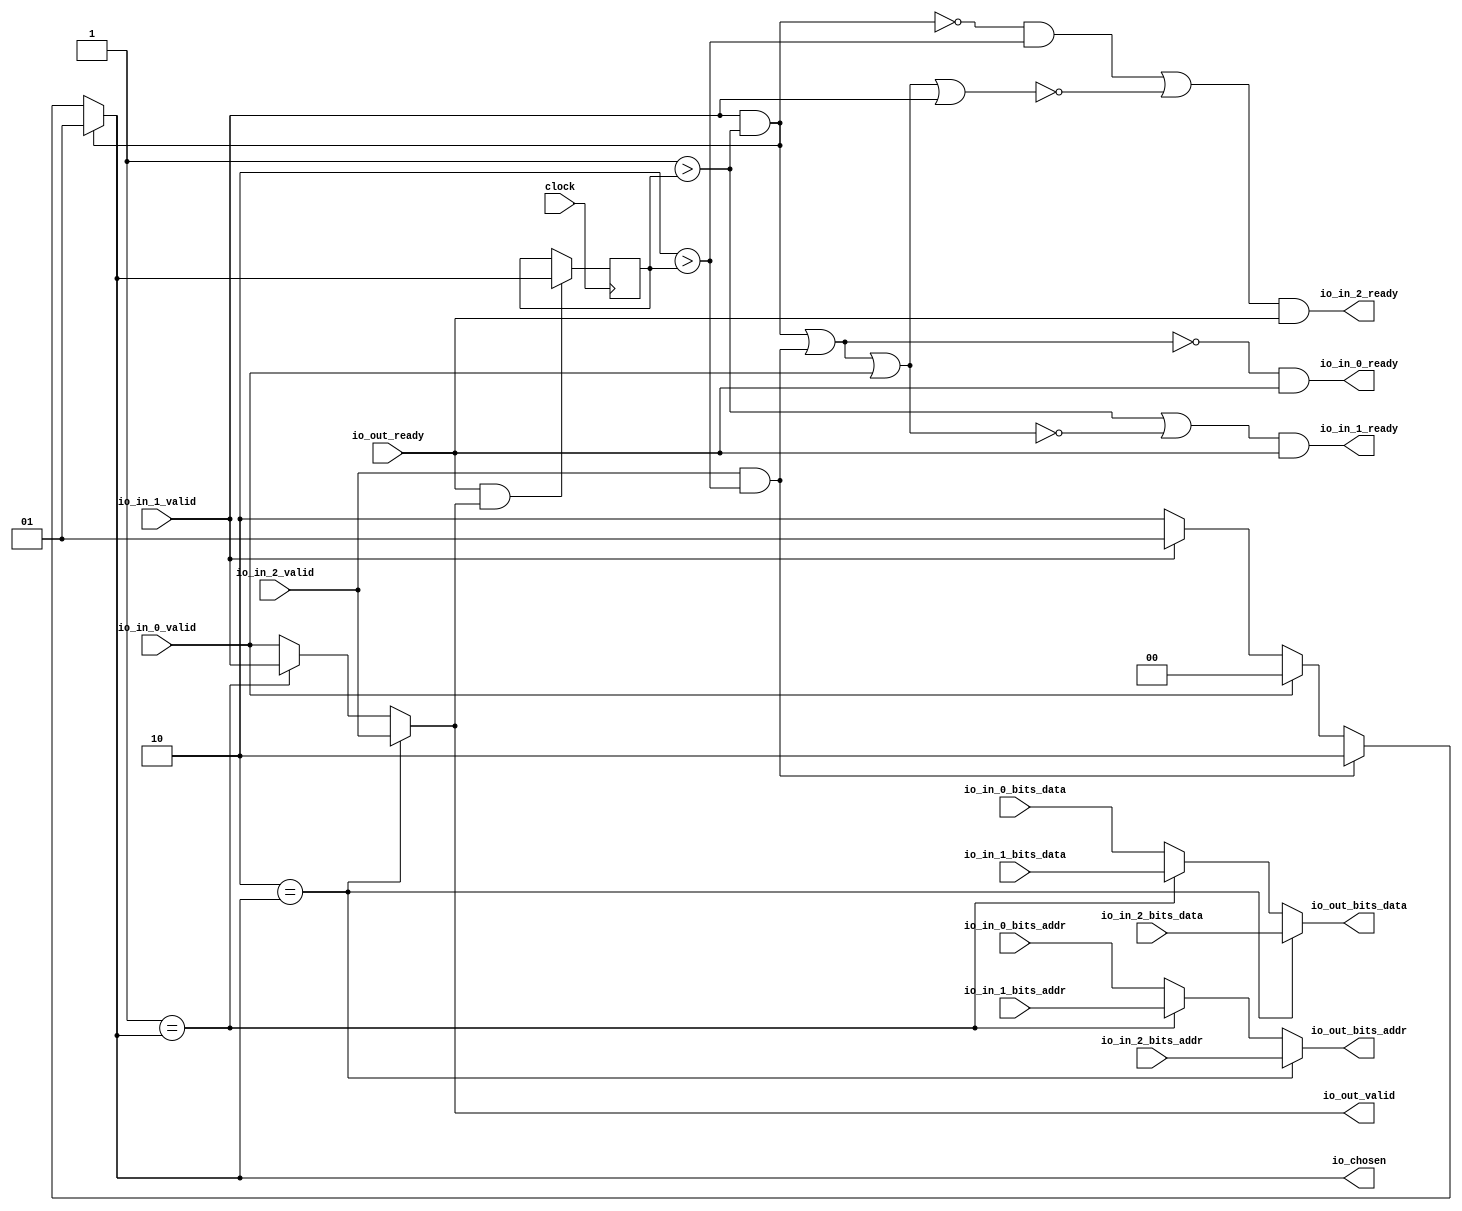
module RRArbiter(
  input         clock,
  output        io_in_0_ready,
  input         io_in_0_valid,
  input  [2:0]  io_in_0_bits_addr,
  input  [11:0] io_in_0_bits_data,
  output        io_in_1_ready,
  input         io_in_1_valid,
  input  [2:0]  io_in_1_bits_addr,
  input  [11:0] io_in_1_bits_data,
  output        io_in_2_ready,
  input         io_in_2_valid,
  input  [2:0]  io_in_2_bits_addr,
  input  [11:0] io_in_2_bits_data,
  input         io_out_ready,
  output        io_out_valid,
  output [2:0]  io_out_bits_addr,
  output [11:0] io_out_bits_data,
  output [1:0]  io_chosen
);
`ifdef RANDOMIZE_REG_INIT
  reg [31:0] _RAND_0;
`endif // RANDOMIZE_REG_INIT
  wire  _GEN_1 = 2'h1 == io_chosen ? io_in_1_valid : io_in_0_valid; // @[Arbiter.scala 56:{16,16}]
  wire [2:0] _GEN_4 = 2'h1 == io_chosen ? io_in_1_bits_addr : io_in_0_bits_addr; // @[Arbiter.scala 57:{15,15}]
  wire [11:0] _GEN_7 = 2'h1 == io_chosen ? io_in_1_bits_data : io_in_0_bits_data; // @[Arbiter.scala 57:{15,15}]
  wire  _ctrl_validMask_grantMask_lastGrant_T = io_out_ready & io_out_valid; // @[Decoupled.scala 50:35]
  reg [1:0] lastGrant; // @[Reg.scala 16:16]
  wire  grantMask_1 = 2'h1 > lastGrant; // @[Arbiter.scala 82:49]
  wire  grantMask_2 = 2'h2 > lastGrant; // @[Arbiter.scala 82:49]
  wire  validMask_1 = io_in_1_valid & grantMask_1; // @[Arbiter.scala 83:76]
  wire  validMask_2 = io_in_2_valid & grantMask_2; // @[Arbiter.scala 83:76]
  wire  ctrl_2 = ~validMask_1; // @[Arbiter.scala 46:78]
  wire  ctrl_3 = ~(validMask_1 | validMask_2); // @[Arbiter.scala 46:78]
  wire  ctrl_4 = ~(validMask_1 | validMask_2 | io_in_0_valid); // @[Arbiter.scala 46:78]
  wire  ctrl_5 = ~(validMask_1 | validMask_2 | io_in_0_valid | io_in_1_valid); // @[Arbiter.scala 46:78]
  wire  _T_3 = grantMask_1 | ctrl_4; // @[Arbiter.scala 87:50]
  wire  _T_5 = ctrl_2 & grantMask_2 | ctrl_5; // @[Arbiter.scala 87:50]
  wire [1:0] _GEN_10 = io_in_1_valid ? 2'h1 : 2'h2; // @[Arbiter.scala 92:{26,35}]
  wire [1:0] _GEN_11 = io_in_0_valid ? 2'h0 : _GEN_10; // @[Arbiter.scala 92:{26,35}]
  wire [1:0] _GEN_12 = validMask_2 ? 2'h2 : _GEN_11; // @[Arbiter.scala 94:{24,33}]
  assign io_in_0_ready = ctrl_3 & io_out_ready; // @[Arbiter.scala 75:21]
  assign io_in_1_ready = _T_3 & io_out_ready; // @[Arbiter.scala 75:21]
  assign io_in_2_ready = _T_5 & io_out_ready; // @[Arbiter.scala 75:21]
  assign io_out_valid = 2'h2 == io_chosen ? io_in_2_valid : _GEN_1; // @[Arbiter.scala 56:{16,16}]
  assign io_out_bits_addr = 2'h2 == io_chosen ? io_in_2_bits_addr : _GEN_4; // @[Arbiter.scala 57:{15,15}]
  assign io_out_bits_data = 2'h2 == io_chosen ? io_in_2_bits_data : _GEN_7; // @[Arbiter.scala 57:{15,15}]
  assign io_chosen = validMask_1 ? 2'h1 : _GEN_12; // @[Arbiter.scala 94:{24,33}]
  always @(posedge clock) begin
    if (_ctrl_validMask_grantMask_lastGrant_T) begin // @[Reg.scala 17:18]
      lastGrant <= io_chosen; // @[Reg.scala 17:22]
    end
  end
// Register and memory initialization
`ifdef RANDOMIZE_GARBAGE_ASSIGN
`define RANDOMIZE
`endif
`ifdef RANDOMIZE_INVALID_ASSIGN
`define RANDOMIZE
`endif
`ifdef RANDOMIZE_REG_INIT
`define RANDOMIZE
`endif
`ifdef RANDOMIZE_MEM_INIT
`define RANDOMIZE
`endif
`ifndef RANDOM
`define RANDOM $random
`endif
`ifdef RANDOMIZE_MEM_INIT
  integer initvar;
`endif
`ifndef SYNTHESIS
`ifdef FIRRTL_BEFORE_INITIAL
`FIRRTL_BEFORE_INITIAL
`endif
initial begin
  `ifdef RANDOMIZE
    `ifdef INIT_RANDOM
      `INIT_RANDOM
    `endif
    `ifndef VERILATOR
      `ifdef RANDOMIZE_DELAY
        #`RANDOMIZE_DELAY begin end
      `else
        #0.002 begin end
      `endif
    `endif
`ifdef RANDOMIZE_REG_INIT
  _RAND_0 = {1{`RANDOM}};
  lastGrant = _RAND_0[1:0];
`endif // RANDOMIZE_REG_INIT
  `endif // RANDOMIZE
end // initial
`ifdef FIRRTL_AFTER_INITIAL
`FIRRTL_AFTER_INITIAL
`endif
`endif // SYNTHESIS
endmodule
module XBarV1(
  input         clock,
  input         reset,
  output        io_in_0_ready,
  input         io_in_0_valid,
  input  [2:0]  io_in_0_bits_addr,
  input  [11:0] io_in_0_bits_data,
  output        io_in_1_ready,
  input         io_in_1_valid,
  input  [2:0]  io_in_1_bits_addr,
  input  [11:0] io_in_1_bits_data,
  output        io_in_2_ready,
  input         io_in_2_valid,
  input  [2:0]  io_in_2_bits_addr,
  input  [11:0] io_in_2_bits_data,
  input         io_out_0_ready,
  output        io_out_0_valid,
  output [2:0]  io_out_0_bits_addr,
  output [11:0] io_out_0_bits_data,
  input         io_out_1_ready,
  output        io_out_1_valid,
  output [2:0]  io_out_1_bits_addr,
  output [11:0] io_out_1_bits_data,
  input         io_out_2_ready,
  output        io_out_2_valid,
  output [2:0]  io_out_2_bits_addr,
  output [11:0] io_out_2_bits_data,
  input         io_out_3_ready,
  output        io_out_3_valid,
  output [2:0]  io_out_3_bits_addr,
  output [11:0] io_out_3_bits_data
);
  wire  arbs_0_clock; // @[CrossBarV1.scala 22:65]
  wire  arbs_0_io_in_0_ready; // @[CrossBarV1.scala 22:65]
  wire  arbs_0_io_in_0_valid; // @[CrossBarV1.scala 22:65]
  wire [2:0] arbs_0_io_in_0_bits_addr; // @[CrossBarV1.scala 22:65]
  wire [11:0] arbs_0_io_in_0_bits_data; // @[CrossBarV1.scala 22:65]
  wire  arbs_0_io_in_1_ready; // @[CrossBarV1.scala 22:65]
  wire  arbs_0_io_in_1_valid; // @[CrossBarV1.scala 22:65]
  wire [2:0] arbs_0_io_in_1_bits_addr; // @[CrossBarV1.scala 22:65]
  wire [11:0] arbs_0_io_in_1_bits_data; // @[CrossBarV1.scala 22:65]
  wire  arbs_0_io_in_2_ready; // @[CrossBarV1.scala 22:65]
  wire  arbs_0_io_in_2_valid; // @[CrossBarV1.scala 22:65]
  wire [2:0] arbs_0_io_in_2_bits_addr; // @[CrossBarV1.scala 22:65]
  wire [11:0] arbs_0_io_in_2_bits_data; // @[CrossBarV1.scala 22:65]
  wire  arbs_0_io_out_ready; // @[CrossBarV1.scala 22:65]
  wire  arbs_0_io_out_valid; // @[CrossBarV1.scala 22:65]
  wire [2:0] arbs_0_io_out_bits_addr; // @[CrossBarV1.scala 22:65]
  wire [11:0] arbs_0_io_out_bits_data; // @[CrossBarV1.scala 22:65]
  wire [1:0] arbs_0_io_chosen; // @[CrossBarV1.scala 22:65]
  wire  arbs_1_clock; // @[CrossBarV1.scala 22:65]
  wire  arbs_1_io_in_0_ready; // @[CrossBarV1.scala 22:65]
  wire  arbs_1_io_in_0_valid; // @[CrossBarV1.scala 22:65]
  wire [2:0] arbs_1_io_in_0_bits_addr; // @[CrossBarV1.scala 22:65]
  wire [11:0] arbs_1_io_in_0_bits_data; // @[CrossBarV1.scala 22:65]
  wire  arbs_1_io_in_1_ready; // @[CrossBarV1.scala 22:65]
  wire  arbs_1_io_in_1_valid; // @[CrossBarV1.scala 22:65]
  wire [2:0] arbs_1_io_in_1_bits_addr; // @[CrossBarV1.scala 22:65]
  wire [11:0] arbs_1_io_in_1_bits_data; // @[CrossBarV1.scala 22:65]
  wire  arbs_1_io_in_2_ready; // @[CrossBarV1.scala 22:65]
  wire  arbs_1_io_in_2_valid; // @[CrossBarV1.scala 22:65]
  wire [2:0] arbs_1_io_in_2_bits_addr; // @[CrossBarV1.scala 22:65]
  wire [11:0] arbs_1_io_in_2_bits_data; // @[CrossBarV1.scala 22:65]
  wire  arbs_1_io_out_ready; // @[CrossBarV1.scala 22:65]
  wire  arbs_1_io_out_valid; // @[CrossBarV1.scala 22:65]
  wire [2:0] arbs_1_io_out_bits_addr; // @[CrossBarV1.scala 22:65]
  wire [11:0] arbs_1_io_out_bits_data; // @[CrossBarV1.scala 22:65]
  wire [1:0] arbs_1_io_chosen; // @[CrossBarV1.scala 22:65]
  wire  arbs_2_clock; // @[CrossBarV1.scala 22:65]
  wire  arbs_2_io_in_0_ready; // @[CrossBarV1.scala 22:65]
  wire  arbs_2_io_in_0_valid; // @[CrossBarV1.scala 22:65]
  wire [2:0] arbs_2_io_in_0_bits_addr; // @[CrossBarV1.scala 22:65]
  wire [11:0] arbs_2_io_in_0_bits_data; // @[CrossBarV1.scala 22:65]
  wire  arbs_2_io_in_1_ready; // @[CrossBarV1.scala 22:65]
  wire  arbs_2_io_in_1_valid; // @[CrossBarV1.scala 22:65]
  wire [2:0] arbs_2_io_in_1_bits_addr; // @[CrossBarV1.scala 22:65]
  wire [11:0] arbs_2_io_in_1_bits_data; // @[CrossBarV1.scala 22:65]
  wire  arbs_2_io_in_2_ready; // @[CrossBarV1.scala 22:65]
  wire  arbs_2_io_in_2_valid; // @[CrossBarV1.scala 22:65]
  wire [2:0] arbs_2_io_in_2_bits_addr; // @[CrossBarV1.scala 22:65]
  wire [11:0] arbs_2_io_in_2_bits_data; // @[CrossBarV1.scala 22:65]
  wire  arbs_2_io_out_ready; // @[CrossBarV1.scala 22:65]
  wire  arbs_2_io_out_valid; // @[CrossBarV1.scala 22:65]
  wire [2:0] arbs_2_io_out_bits_addr; // @[CrossBarV1.scala 22:65]
  wire [11:0] arbs_2_io_out_bits_data; // @[CrossBarV1.scala 22:65]
  wire [1:0] arbs_2_io_chosen; // @[CrossBarV1.scala 22:65]
  wire  arbs_3_clock; // @[CrossBarV1.scala 22:65]
  wire  arbs_3_io_in_0_ready; // @[CrossBarV1.scala 22:65]
  wire  arbs_3_io_in_0_valid; // @[CrossBarV1.scala 22:65]
  wire [2:0] arbs_3_io_in_0_bits_addr; // @[CrossBarV1.scala 22:65]
  wire [11:0] arbs_3_io_in_0_bits_data; // @[CrossBarV1.scala 22:65]
  wire  arbs_3_io_in_1_ready; // @[CrossBarV1.scala 22:65]
  wire  arbs_3_io_in_1_valid; // @[CrossBarV1.scala 22:65]
  wire [2:0] arbs_3_io_in_1_bits_addr; // @[CrossBarV1.scala 22:65]
  wire [11:0] arbs_3_io_in_1_bits_data; // @[CrossBarV1.scala 22:65]
  wire  arbs_3_io_in_2_ready; // @[CrossBarV1.scala 22:65]
  wire  arbs_3_io_in_2_valid; // @[CrossBarV1.scala 22:65]
  wire [2:0] arbs_3_io_in_2_bits_addr; // @[CrossBarV1.scala 22:65]
  wire [11:0] arbs_3_io_in_2_bits_data; // @[CrossBarV1.scala 22:65]
  wire  arbs_3_io_out_ready; // @[CrossBarV1.scala 22:65]
  wire  arbs_3_io_out_valid; // @[CrossBarV1.scala 22:65]
  wire [2:0] arbs_3_io_out_bits_addr; // @[CrossBarV1.scala 22:65]
  wire [11:0] arbs_3_io_out_bits_data; // @[CrossBarV1.scala 22:65]
  wire [1:0] arbs_3_io_chosen; // @[CrossBarV1.scala 22:65]
  RRArbiter arbs_0 ( // @[CrossBarV1.scala 22:65]
    .clock(arbs_0_clock),
    .io_in_0_ready(arbs_0_io_in_0_ready),
    .io_in_0_valid(arbs_0_io_in_0_valid),
    .io_in_0_bits_addr(arbs_0_io_in_0_bits_addr),
    .io_in_0_bits_data(arbs_0_io_in_0_bits_data),
    .io_in_1_ready(arbs_0_io_in_1_ready),
    .io_in_1_valid(arbs_0_io_in_1_valid),
    .io_in_1_bits_addr(arbs_0_io_in_1_bits_addr),
    .io_in_1_bits_data(arbs_0_io_in_1_bits_data),
    .io_in_2_ready(arbs_0_io_in_2_ready),
    .io_in_2_valid(arbs_0_io_in_2_valid),
    .io_in_2_bits_addr(arbs_0_io_in_2_bits_addr),
    .io_in_2_bits_data(arbs_0_io_in_2_bits_data),
    .io_out_ready(arbs_0_io_out_ready),
    .io_out_valid(arbs_0_io_out_valid),
    .io_out_bits_addr(arbs_0_io_out_bits_addr),
    .io_out_bits_data(arbs_0_io_out_bits_data),
    .io_chosen(arbs_0_io_chosen)
  );
  RRArbiter arbs_1 ( // @[CrossBarV1.scala 22:65]
    .clock(arbs_1_clock),
    .io_in_0_ready(arbs_1_io_in_0_ready),
    .io_in_0_valid(arbs_1_io_in_0_valid),
    .io_in_0_bits_addr(arbs_1_io_in_0_bits_addr),
    .io_in_0_bits_data(arbs_1_io_in_0_bits_data),
    .io_in_1_ready(arbs_1_io_in_1_ready),
    .io_in_1_valid(arbs_1_io_in_1_valid),
    .io_in_1_bits_addr(arbs_1_io_in_1_bits_addr),
    .io_in_1_bits_data(arbs_1_io_in_1_bits_data),
    .io_in_2_ready(arbs_1_io_in_2_ready),
    .io_in_2_valid(arbs_1_io_in_2_valid),
    .io_in_2_bits_addr(arbs_1_io_in_2_bits_addr),
    .io_in_2_bits_data(arbs_1_io_in_2_bits_data),
    .io_out_ready(arbs_1_io_out_ready),
    .io_out_valid(arbs_1_io_out_valid),
    .io_out_bits_addr(arbs_1_io_out_bits_addr),
    .io_out_bits_data(arbs_1_io_out_bits_data),
    .io_chosen(arbs_1_io_chosen)
  );
  RRArbiter arbs_2 ( // @[CrossBarV1.scala 22:65]
    .clock(arbs_2_clock),
    .io_in_0_ready(arbs_2_io_in_0_ready),
    .io_in_0_valid(arbs_2_io_in_0_valid),
    .io_in_0_bits_addr(arbs_2_io_in_0_bits_addr),
    .io_in_0_bits_data(arbs_2_io_in_0_bits_data),
    .io_in_1_ready(arbs_2_io_in_1_ready),
    .io_in_1_valid(arbs_2_io_in_1_valid),
    .io_in_1_bits_addr(arbs_2_io_in_1_bits_addr),
    .io_in_1_bits_data(arbs_2_io_in_1_bits_data),
    .io_in_2_ready(arbs_2_io_in_2_ready),
    .io_in_2_valid(arbs_2_io_in_2_valid),
    .io_in_2_bits_addr(arbs_2_io_in_2_bits_addr),
    .io_in_2_bits_data(arbs_2_io_in_2_bits_data),
    .io_out_ready(arbs_2_io_out_ready),
    .io_out_valid(arbs_2_io_out_valid),
    .io_out_bits_addr(arbs_2_io_out_bits_addr),
    .io_out_bits_data(arbs_2_io_out_bits_data),
    .io_chosen(arbs_2_io_chosen)
  );
  RRArbiter arbs_3 ( // @[CrossBarV1.scala 22:65]
    .clock(arbs_3_clock),
    .io_in_0_ready(arbs_3_io_in_0_ready),
    .io_in_0_valid(arbs_3_io_in_0_valid),
    .io_in_0_bits_addr(arbs_3_io_in_0_bits_addr),
    .io_in_0_bits_data(arbs_3_io_in_0_bits_data),
    .io_in_1_ready(arbs_3_io_in_1_ready),
    .io_in_1_valid(arbs_3_io_in_1_valid),
    .io_in_1_bits_addr(arbs_3_io_in_1_bits_addr),
    .io_in_1_bits_data(arbs_3_io_in_1_bits_data),
    .io_in_2_ready(arbs_3_io_in_2_ready),
    .io_in_2_valid(arbs_3_io_in_2_valid),
    .io_in_2_bits_addr(arbs_3_io_in_2_bits_addr),
    .io_in_2_bits_data(arbs_3_io_in_2_bits_data),
    .io_out_ready(arbs_3_io_out_ready),
    .io_out_valid(arbs_3_io_out_valid),
    .io_out_bits_addr(arbs_3_io_out_bits_addr),
    .io_out_bits_data(arbs_3_io_out_bits_data),
    .io_chosen(arbs_3_io_chosen)
  );
  assign io_in_0_ready = arbs_0_io_in_0_ready | arbs_1_io_in_0_ready | arbs_2_io_in_0_ready | arbs_3_io_in_0_ready; // @[CrossBarV1.scala 24:64]
  assign io_in_1_ready = arbs_0_io_in_1_ready | arbs_1_io_in_1_ready | arbs_2_io_in_1_ready | arbs_3_io_in_1_ready; // @[CrossBarV1.scala 24:64]
  assign io_in_2_ready = arbs_0_io_in_2_ready | arbs_1_io_in_2_ready | arbs_2_io_in_2_ready | arbs_3_io_in_2_ready; // @[CrossBarV1.scala 24:64]
  assign io_out_0_valid = arbs_0_io_out_valid; // @[CrossBarV1.scala 31:16]
  assign io_out_0_bits_addr = arbs_0_io_out_bits_addr; // @[CrossBarV1.scala 31:16]
  assign io_out_0_bits_data = arbs_0_io_out_bits_data; // @[CrossBarV1.scala 31:16]
  assign io_out_1_valid = arbs_1_io_out_valid; // @[CrossBarV1.scala 31:16]
  assign io_out_1_bits_addr = arbs_1_io_out_bits_addr; // @[CrossBarV1.scala 31:16]
  assign io_out_1_bits_data = arbs_1_io_out_bits_data; // @[CrossBarV1.scala 31:16]
  assign io_out_2_valid = arbs_2_io_out_valid; // @[CrossBarV1.scala 31:16]
  assign io_out_2_bits_addr = arbs_2_io_out_bits_addr; // @[CrossBarV1.scala 31:16]
  assign io_out_2_bits_data = arbs_2_io_out_bits_data; // @[CrossBarV1.scala 31:16]
  assign io_out_3_valid = arbs_3_io_out_valid; // @[CrossBarV1.scala 31:16]
  assign io_out_3_bits_addr = arbs_3_io_out_bits_addr; // @[CrossBarV1.scala 31:16]
  assign io_out_3_bits_data = arbs_3_io_out_bits_data; // @[CrossBarV1.scala 31:16]
  assign arbs_0_clock = clock;
  assign arbs_0_io_in_0_valid = io_in_0_valid & io_in_0_bits_addr == 3'h0; // @[CrossBarV1.scala 29:33]
  assign arbs_0_io_in_0_bits_addr = io_in_0_bits_addr; // @[CrossBarV1.scala 28:18]
  assign arbs_0_io_in_0_bits_data = io_in_0_bits_data; // @[CrossBarV1.scala 28:18]
  assign arbs_0_io_in_1_valid = io_in_1_valid & io_in_1_bits_addr == 3'h0; // @[CrossBarV1.scala 29:33]
  assign arbs_0_io_in_1_bits_addr = io_in_1_bits_addr; // @[CrossBarV1.scala 28:18]
  assign arbs_0_io_in_1_bits_data = io_in_1_bits_data; // @[CrossBarV1.scala 28:18]
  assign arbs_0_io_in_2_valid = io_in_2_valid & io_in_2_bits_addr == 3'h0; // @[CrossBarV1.scala 29:33]
  assign arbs_0_io_in_2_bits_addr = io_in_2_bits_addr; // @[CrossBarV1.scala 28:18]
  assign arbs_0_io_in_2_bits_data = io_in_2_bits_data; // @[CrossBarV1.scala 28:18]
  assign arbs_0_io_out_ready = io_out_0_ready; // @[CrossBarV1.scala 31:16]
  assign arbs_1_clock = clock;
  assign arbs_1_io_in_0_valid = io_in_0_valid & io_in_0_bits_addr == 3'h1; // @[CrossBarV1.scala 29:33]
  assign arbs_1_io_in_0_bits_addr = io_in_0_bits_addr; // @[CrossBarV1.scala 28:18]
  assign arbs_1_io_in_0_bits_data = io_in_0_bits_data; // @[CrossBarV1.scala 28:18]
  assign arbs_1_io_in_1_valid = io_in_1_valid & io_in_1_bits_addr == 3'h1; // @[CrossBarV1.scala 29:33]
  assign arbs_1_io_in_1_bits_addr = io_in_1_bits_addr; // @[CrossBarV1.scala 28:18]
  assign arbs_1_io_in_1_bits_data = io_in_1_bits_data; // @[CrossBarV1.scala 28:18]
  assign arbs_1_io_in_2_valid = io_in_2_valid & io_in_2_bits_addr == 3'h1; // @[CrossBarV1.scala 29:33]
  assign arbs_1_io_in_2_bits_addr = io_in_2_bits_addr; // @[CrossBarV1.scala 28:18]
  assign arbs_1_io_in_2_bits_data = io_in_2_bits_data; // @[CrossBarV1.scala 28:18]
  assign arbs_1_io_out_ready = io_out_1_ready; // @[CrossBarV1.scala 31:16]
  assign arbs_2_clock = clock;
  assign arbs_2_io_in_0_valid = io_in_0_valid & io_in_0_bits_addr == 3'h2; // @[CrossBarV1.scala 29:33]
  assign arbs_2_io_in_0_bits_addr = io_in_0_bits_addr; // @[CrossBarV1.scala 28:18]
  assign arbs_2_io_in_0_bits_data = io_in_0_bits_data; // @[CrossBarV1.scala 28:18]
  assign arbs_2_io_in_1_valid = io_in_1_valid & io_in_1_bits_addr == 3'h2; // @[CrossBarV1.scala 29:33]
  assign arbs_2_io_in_1_bits_addr = io_in_1_bits_addr; // @[CrossBarV1.scala 28:18]
  assign arbs_2_io_in_1_bits_data = io_in_1_bits_data; // @[CrossBarV1.scala 28:18]
  assign arbs_2_io_in_2_valid = io_in_2_valid & io_in_2_bits_addr == 3'h2; // @[CrossBarV1.scala 29:33]
  assign arbs_2_io_in_2_bits_addr = io_in_2_bits_addr; // @[CrossBarV1.scala 28:18]
  assign arbs_2_io_in_2_bits_data = io_in_2_bits_data; // @[CrossBarV1.scala 28:18]
  assign arbs_2_io_out_ready = io_out_2_ready; // @[CrossBarV1.scala 31:16]
  assign arbs_3_clock = clock;
  assign arbs_3_io_in_0_valid = io_in_0_valid & io_in_0_bits_addr == 3'h3; // @[CrossBarV1.scala 29:33]
  assign arbs_3_io_in_0_bits_addr = io_in_0_bits_addr; // @[CrossBarV1.scala 28:18]
  assign arbs_3_io_in_0_bits_data = io_in_0_bits_data; // @[CrossBarV1.scala 28:18]
  assign arbs_3_io_in_1_valid = io_in_1_valid & io_in_1_bits_addr == 3'h3; // @[CrossBarV1.scala 29:33]
  assign arbs_3_io_in_1_bits_addr = io_in_1_bits_addr; // @[CrossBarV1.scala 28:18]
  assign arbs_3_io_in_1_bits_data = io_in_1_bits_data; // @[CrossBarV1.scala 28:18]
  assign arbs_3_io_in_2_valid = io_in_2_valid & io_in_2_bits_addr == 3'h3; // @[CrossBarV1.scala 29:33]
  assign arbs_3_io_in_2_bits_addr = io_in_2_bits_addr; // @[CrossBarV1.scala 28:18]
  assign arbs_3_io_in_2_bits_data = io_in_2_bits_data; // @[CrossBarV1.scala 28:18]
  assign arbs_3_io_out_ready = io_out_3_ready; // @[CrossBarV1.scala 31:16]
endmodule